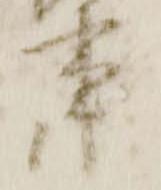
事